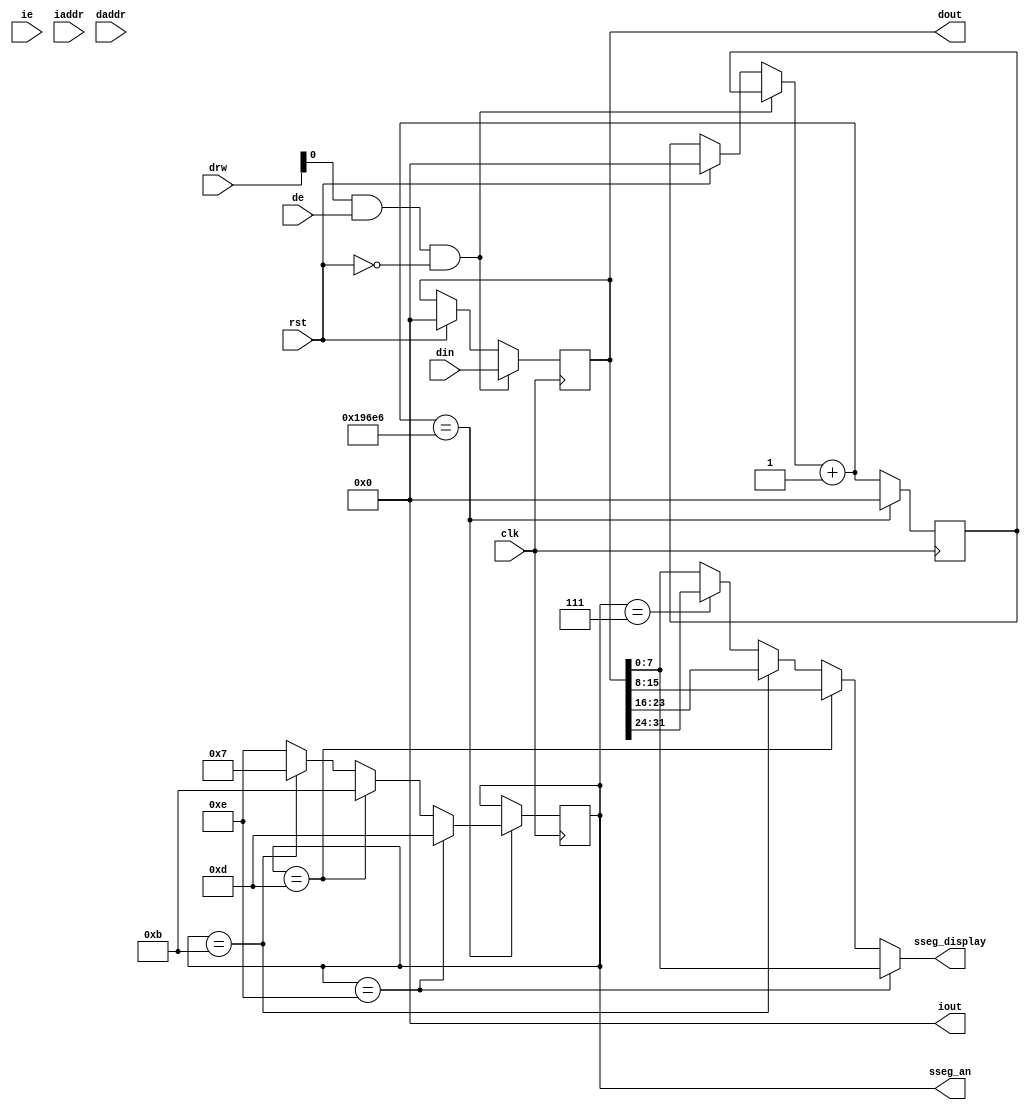
module mod_sseg(rst, clk, ie, de, iaddr, daddr, drw, din, iout, dout, sseg_an, sseg_display);
        input rst;
        input clk;
        input ie,de;
        input [31:0] iaddr, daddr;
        input [1:0] drw;
        input [31:0] din;
        output [31:0] iout, dout;
	output reg [3:0] sseg_an;
	output [7:0] sseg_display;
	

        /* by spec, the iout and dout signals must go hiZ when we're not using them */
        wire [31:0] idata, ddata;
        assign iout = idata;
        assign dout = ddata;

	/* the seven segment register */
	reg [31:0] sseg;

	assign idata = 32'h00000000;
	assign ddata = sseg;

	parameter CLOCK_FREQ = 25000000;
	parameter TICKS = CLOCK_FREQ/240; /* 60Hz (by 4) tick clock */
	reg [31:0] counter;

	/* segment logic */
	assign sseg_display = sseg_an == 4'b1110 ? sseg[7:0] : 
			      sseg_an == 4'b1101 ? sseg[15:8] :
			      sseg_an == 4'b1011 ? sseg[23:16] :
			      sseg_an == 4'b0111 ? sseg[31:24] : sseg[7:0];

	/* all data bus activity is negative edge triggered */
	always @(negedge clk) begin
		if (drw[0] && de && !rst) begin
			sseg = din;
		end else if (rst) begin
			sseg = 32'h00000000;
			counter = 0;
		end
		counter = counter + 1;
		if (counter == TICKS) begin
			counter = 0;
			sseg_an = sseg_an == 4'b1110 ? 4'b1101 :
				  sseg_an == 4'b1101 ? 4'b1011 :
				  sseg_an == 4'b1011 ? 4'b0111 :
				  sseg_an == 4'b0111 ? 4'b1110 : 4'b1110;
		end
	end
endmodule